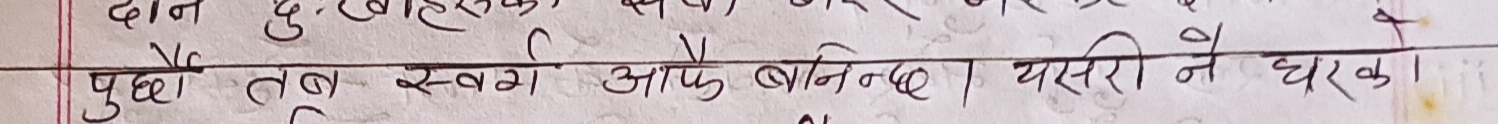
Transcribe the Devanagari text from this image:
पुगे तब स्वर्ग आफैँ बनिन्छ । यसरी नै घरकाे ।